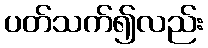
ပတ်သက်၍လည်း